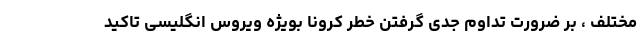
مختلف ، بر ضرورت تداوم جدی گرفتن خطر کرونا بویژه ویروس انگلیسی تاکید